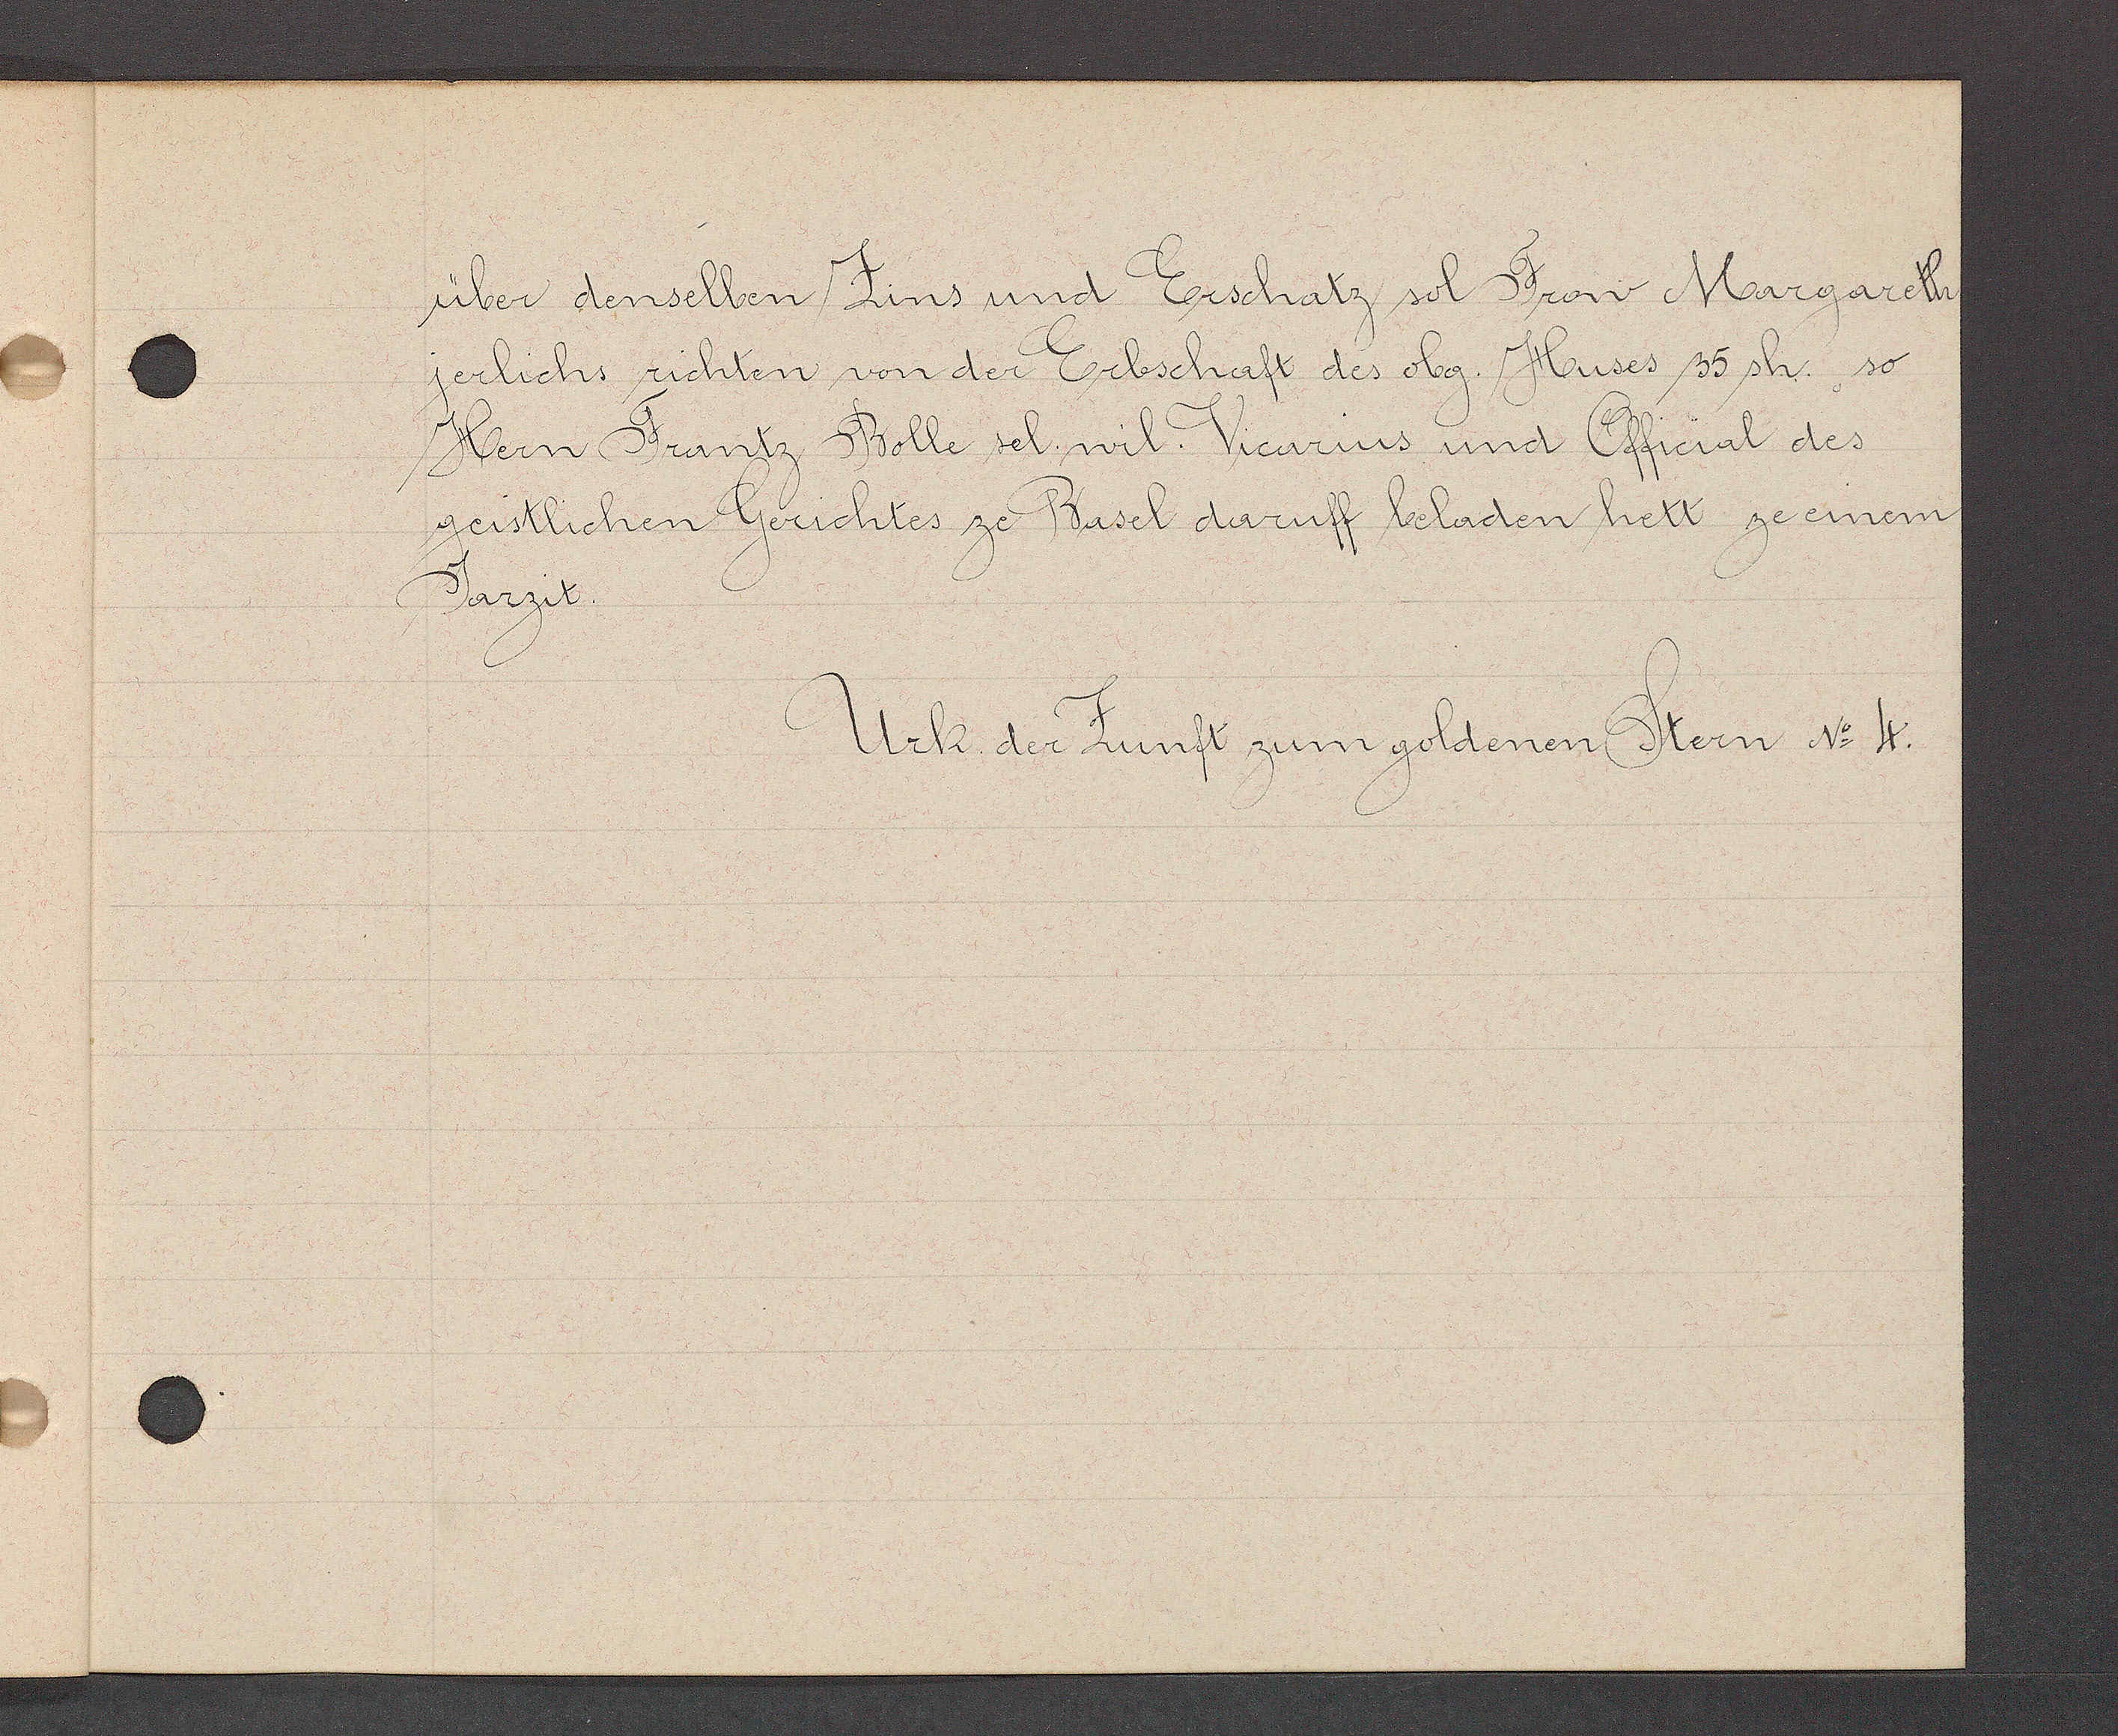
Transcript:
über denselben Zins und Erschatz sol Frow Margareth
jerlichs richten von der Erbschaft des obg. Huses 35 sh. so
Hern Frantz Bolle sel. wil. Vicarius und Official des
geistlichen Gerichtes ze Basel daruff beladen hett ze einem
Jarzit.

Urk. der Zunft zum goldenen Stern No 4.